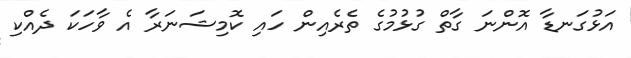
އަޅުގަނޑާ އޮންނަ ގާތް ގުޅުމުގެ ތެރެއިން ހައި ކޮމިޝަނަރާ އެ ވާހަކަ ދެއްކި